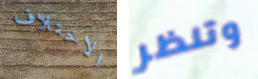
الاختلاف وتنظر